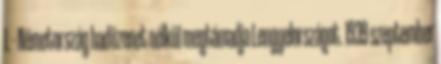
1. - Németország hadüzenet nélkül megtámadja Lengyelországot. 1939 szeptember